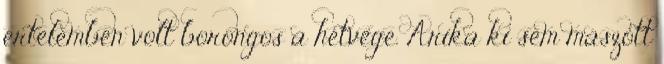
értelemben volt borongos a hétvége. Arika ki sem mászott